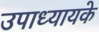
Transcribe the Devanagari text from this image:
उपाध्यायके